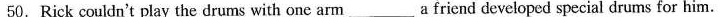
50. Rick couldn't play the drums with one arm___a friend developed special drums for him.